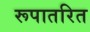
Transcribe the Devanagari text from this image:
रूपातरित